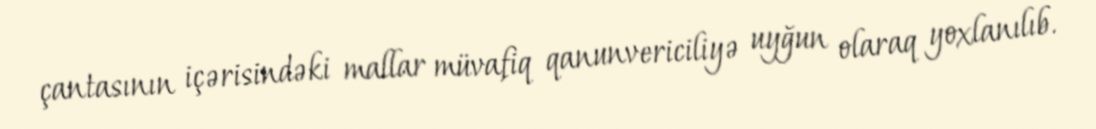
çantasının içərisindəki mallar müvafiq qanunvericiliyə uyğun olaraq yoxlanılıb.